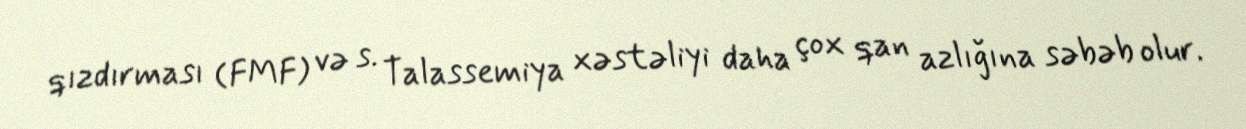
qızdırması (FMF) və s. Talassemiya xəstəliyi daha çox qan azlığına səbəb olur.